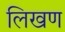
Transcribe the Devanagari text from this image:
लिखण